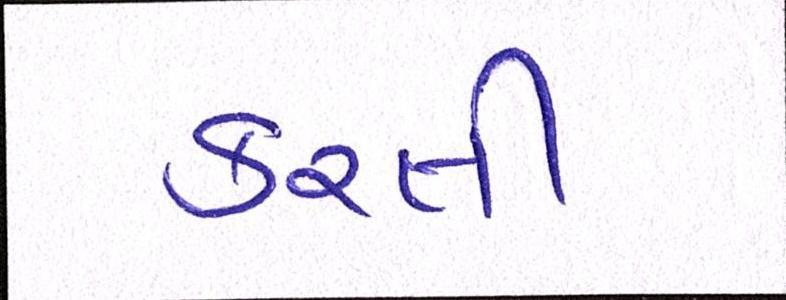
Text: કરતી